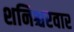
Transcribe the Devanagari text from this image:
शनिश्चरवार